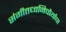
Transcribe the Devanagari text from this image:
संगीतध्वनिचौर्याचा